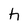
Character: h